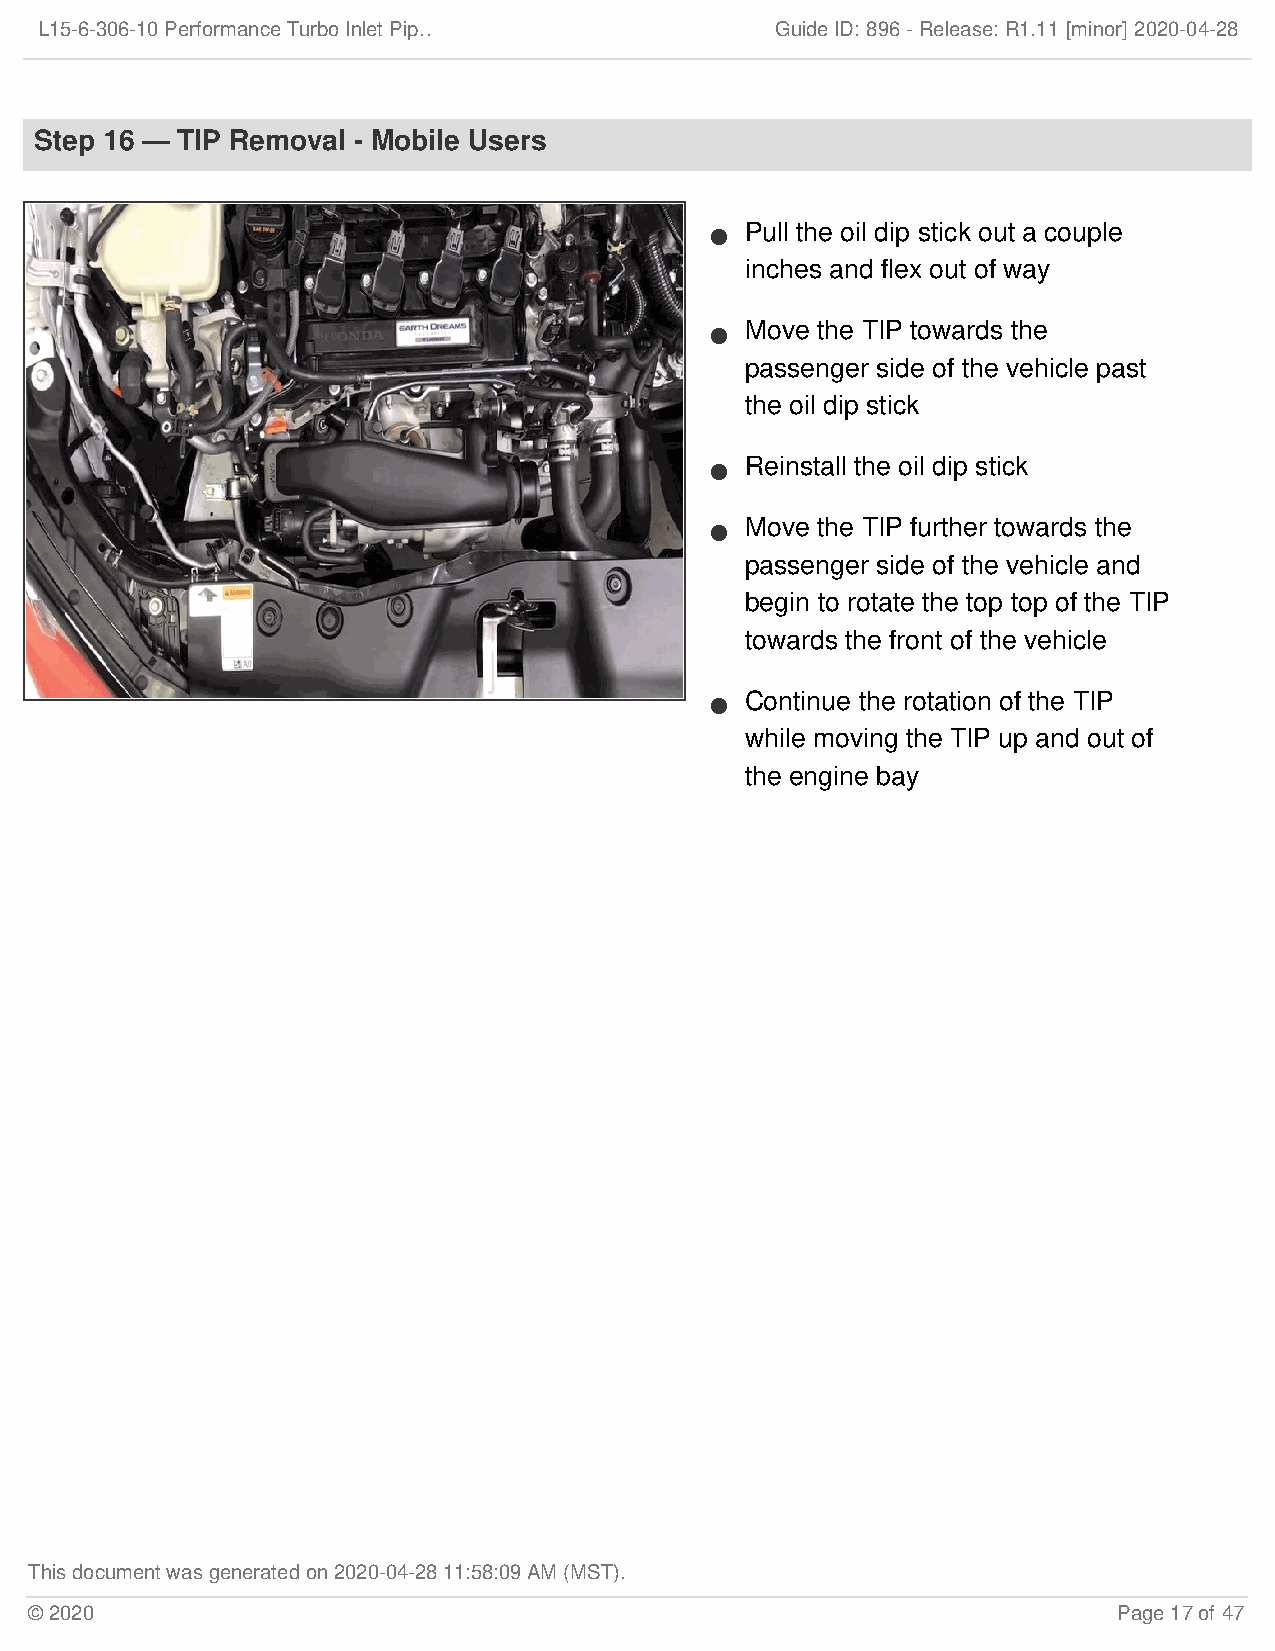
L15-6-306-10 Performance Turbo Inlet Pip…        Guide ID: 896 -Release:R1.11 [minor] 2020-04-28
 Step 16 — TIP Removal - Mobile Users
 Pull the oil dip stick out a couple
 
 inches and flex out of way
 Move the TIP towards the
 
 passenger side of the vehicle past
 the oil dip stick
 Reinstall the oil dip stick
 
 Move the TIP further towards the
 
 passenger side of the vehicle and
 begin to rotate the top top of the TIP
 towards the front of the vehicle
 Continue the rotation of the TIP
 
 while moving the TIP up and out of
 the engine bay
 This document was generated on 2020-04-28 11:58:09 AM (MST).
 © 2020                                                                  Page 17 of 47